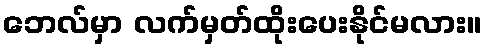
ဘေလ်မှာ လက်မှတ်ထိုးပေးနိုင်မလား။